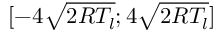
[ - 4 \sqrt { 2 R T _ { l } } ; 4 \sqrt { 2 R T _ { l } } ]